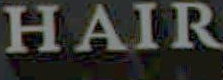
HAIR